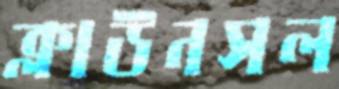
ক্লাউনসল